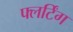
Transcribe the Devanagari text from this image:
फ्लर्टिंग